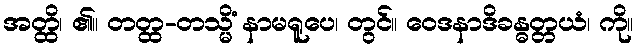
အတ္ထိ၊ ၏။ တတ္ထ-တသ္မိံ နာမရူပေ၊ တွင်။ ဝေဒနာဒိခန္ဓတ္တယံ၊ ကို။